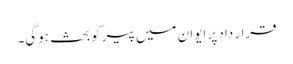
قرار داد پر ایوان میں پیرکوبحث ہوگی۔